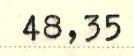
48,35